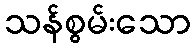
သန်စွမ်းသော